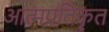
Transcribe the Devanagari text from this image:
आत्मप्रतिकृत